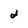
Character: 2